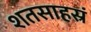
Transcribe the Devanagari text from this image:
शतसाहस्रं